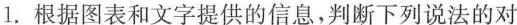
1.根据图表和文字提供的信息，判断下列说法的对